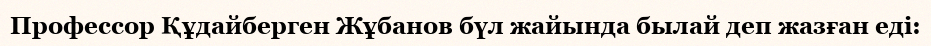
Профессор Құдайберген Жұбанов бүл жайында былай деп жазған еді: